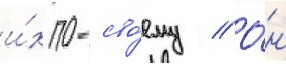
и́х по-сво́ему // О́н